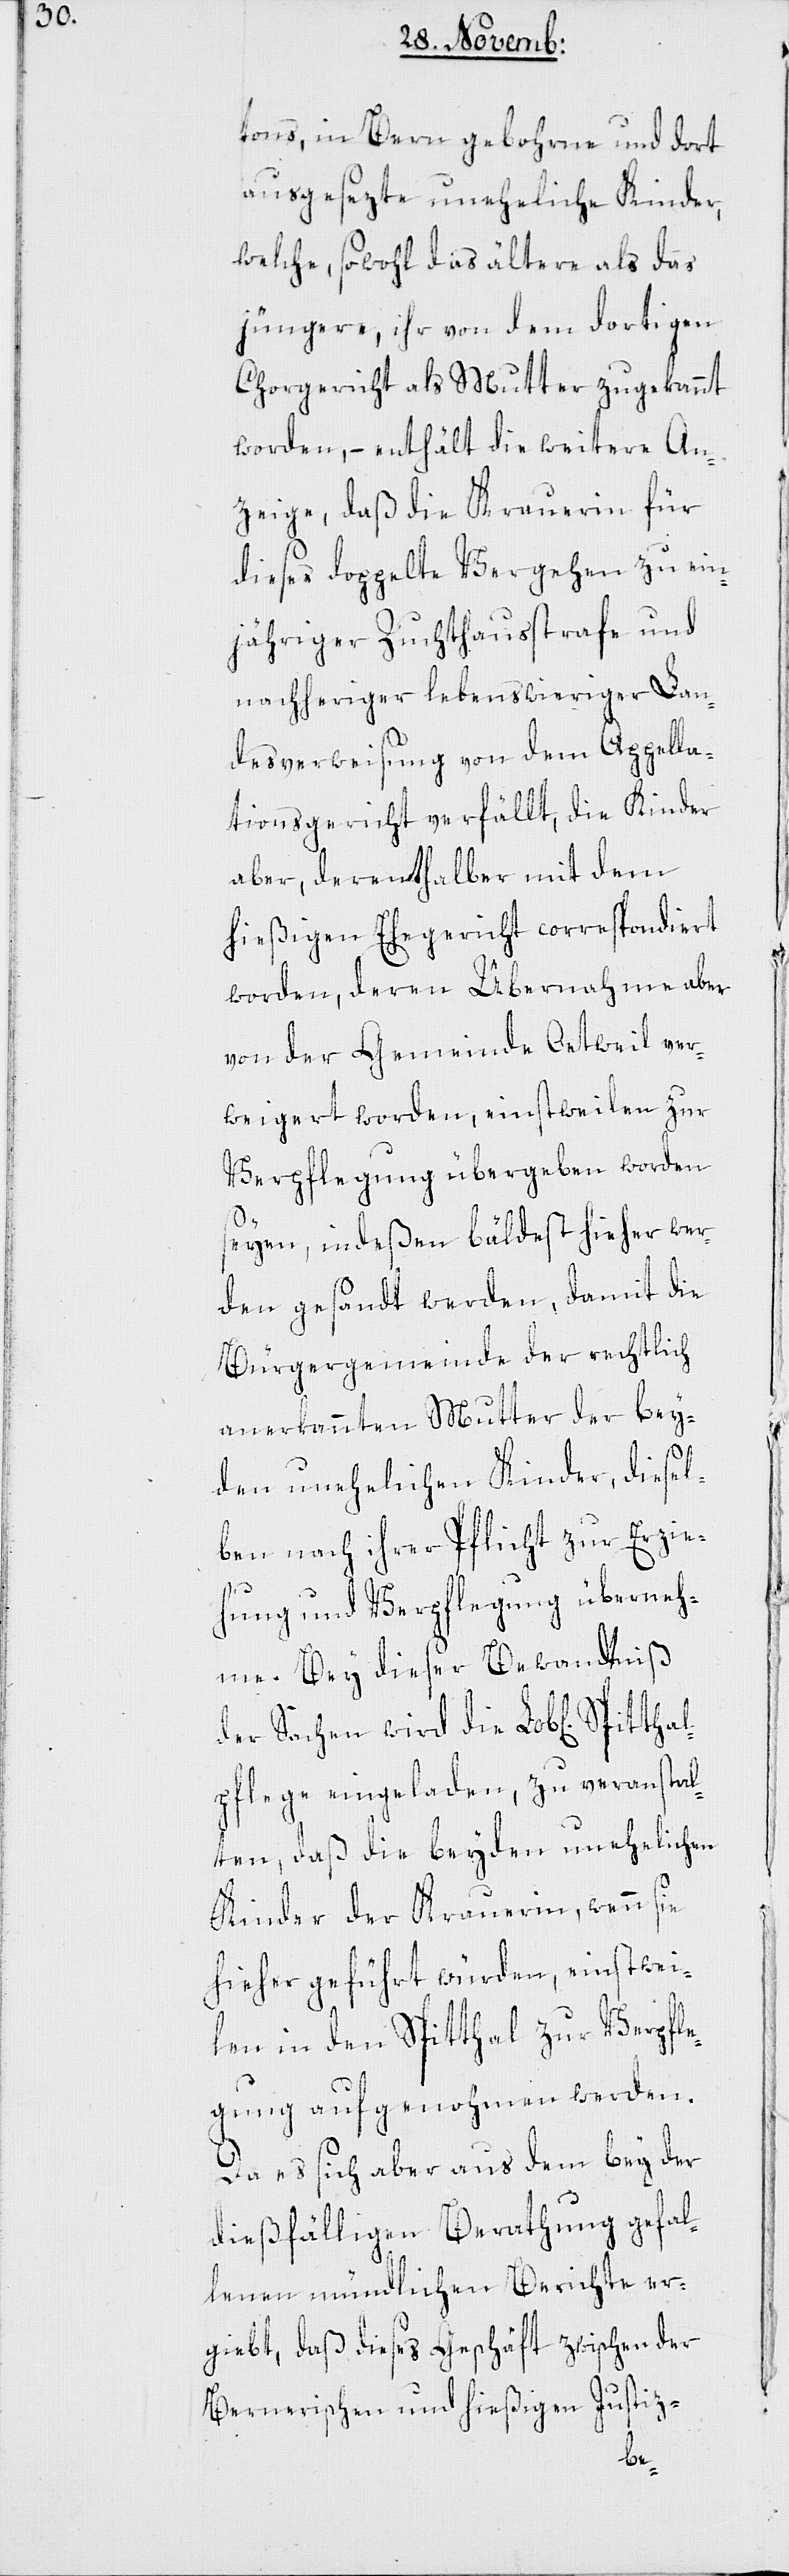
n] Spitthal¬
tons, in Bern gebohrne und dort
ausgesezte uneheliche Kinder,
welche sowohl das ältere als das
jüngere, ihr von dem dortigen
Chorgericht als Mutter zugekannt
worden, – enthält die weitere An¬
zeige, daß die Krauerin für
dieses doppelte Vergehen zu ein¬
jähriger Zuchthausstrafe und
nachheriger lebenswieriger Lan¬
desverweisung von dem Appella¬
tionsgericht verfällt, die Kinder
aber, derenthalber mit dem
hießigen Ehegericht correspondiert
worden, deren Übernahme aber
von der Gemeinde Oetweil ver¬
weigert worden, einstweilen zur
Verpflegung übergeben worden
seyen, indeßen bäldest hieher wer¬
den gesandt werden, damit die
Bürgergemeinde der rechtlich
anerkannten Mutter der bey¬
den unehelichen Kinder, diesel¬
ben nach ihrer Pflicht zur Erzie¬
hung und Verpflegung überneh¬
me. Bey dießer Bewandtniß
der Sachen wird die Lob[liche¬
pflege eingeladen, zu veranstal¬
ten, daß die beyden unehelichen
Kinder der Krauerin, wenn sie
hieher geführt würden, einstwei¬
len in den Spitthal zur Verpfle¬
gung aufgenohmen werden.
Da es sich aber aus dem bey der
dießfälligen Berathung gefal¬
lenen mündlichen Berichte er¬
giebt, daß dieses Geschäft zwischen der
Bernerischen und hießigen Justiz-